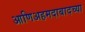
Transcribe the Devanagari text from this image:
आणिअहमदाबादच्या